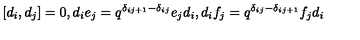
[ d _ { i } , d _ { j } ] = 0 , d _ { i } e _ { j } = q ^ { { \delta } _ { i j + 1 } - { \delta } _ { i j } } e _ { j } d _ { i } , d _ { i } f _ { j } = q ^ { { \delta } _ { i j } - { \delta } _ { i j + 1 } } f _ { j } d _ { i }